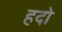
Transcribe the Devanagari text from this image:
हदो